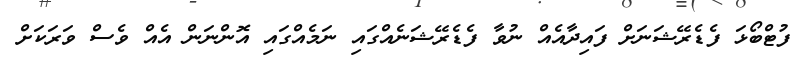
ފުޓްބޯޅަ ފެޑެރޭޝަނަށް ފައިދާއެއް ނުވާ ފެޑެރޭޝަނެއްގައި ނަމެއްގައި އޮންނަން އެއް ވެސް ވަރަކަށް